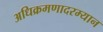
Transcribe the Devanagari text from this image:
अधिक्रमणादरम्यान